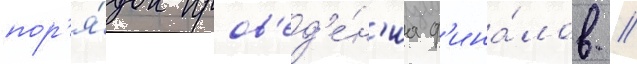
пор'я́док пров'ед'е́н'иа ф'ина́лов //